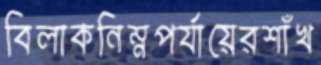
বিলাকনিম্নপর্যায়েরশাঁখ